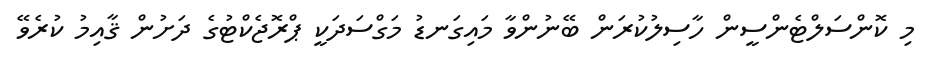
މި ކޮންސަލްޓެންސީން ހާސިލުކުރަން ބޭނުންވާ މައިގަނޑު މަގްސަދަކީ ޕްރޮޖެކްޓުގެ ދަށުން ޤާއިމު ކުރެވޭ